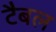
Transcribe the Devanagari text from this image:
टैबल